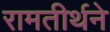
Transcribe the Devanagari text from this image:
रामतीर्थने